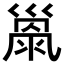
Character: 𢀂